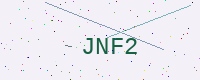
Text: JNF2